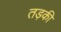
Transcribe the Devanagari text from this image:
तड़की